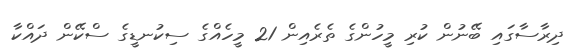
ދިރާސާގައި ބޭނުން ކުރި މީހުންގެ ތެރެއިން 21 މީހެއްގެ ސިކުނޑީގެ ސްކޭން ދައްކާ